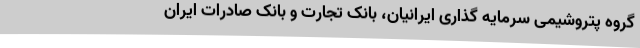
گروه پتروشیمی سرمایه‌ گذاری ایرانیان، بانک تجارت و بانک صادرات ایران